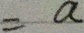
= a